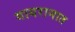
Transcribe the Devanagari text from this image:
गायरानात